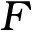
F